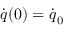
\dot { \boldsymbol { q } } ( 0 ) = \dot { \boldsymbol { q } } _ { 0 }